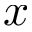
x